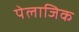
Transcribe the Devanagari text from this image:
पेलाजिक